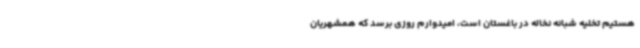
هستیم تخلیه شبانه نخاله در باغستان است، امیدوارم روزی برسد که همشهریان